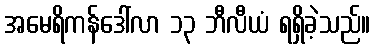
အမေရိကန်ဒေါ်လာ ၁၃ ဘီလီယံ ရရှိခဲ့သည်။